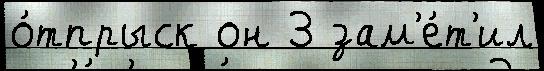
о́тпрыск он 3 зам'е́т'ил